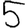
Digit: 5